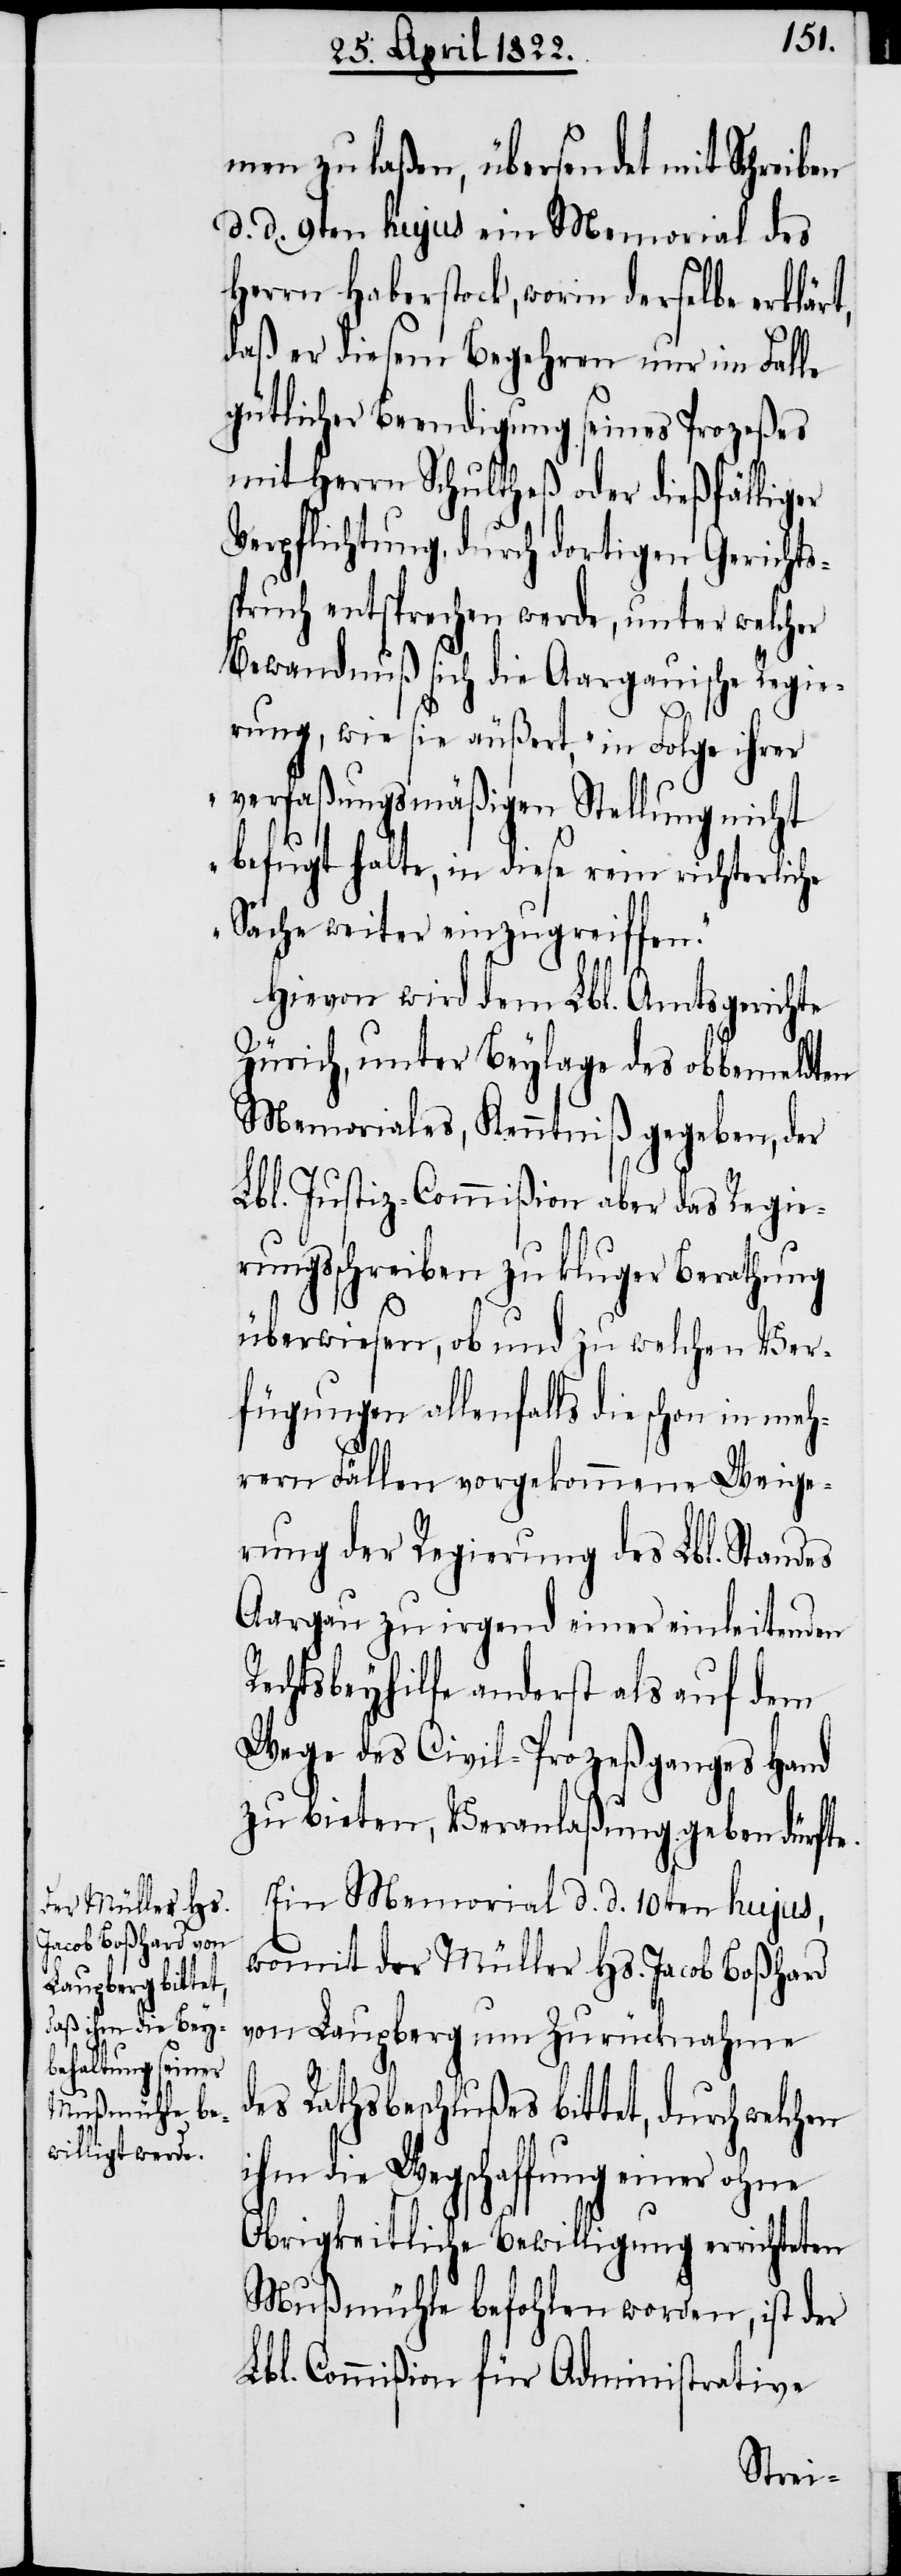
men zu laßen, übersendet mit Schreiben
d. d. 9ten hujus ein Memorial des
Herrn Haberstock, worin derselbe erklär¬
daß er seinem Begehren nur im Falle
gütlicher Beendigung seines Prozesses
mit Herrn Schultheß oder dießfälliger
Verpflichtung, durch dortigen Gerichts¬
spruch entsprechen werde, unter welcher
Bewandniß sich die Aargauische Regie¬
t,
rung, wie sie äußert, „in Folge ihrer
verfaßungsmäßigen Stellung nicht
befugt halte, in diese rein richterliche
Sache weiter einzugreiffen.“
Hievon wird dem Lbl. Amtsgerichte
Zürich, unter Beylage des obbemeldten
Memoriale, Kenntniß gegeben, der
Lbl. Justiz-Commißion aber das Regie¬
rungsschreiben zu kluger Berathung
überwiesen, ob und zu welchen Ver¬
fügungen allenfalls die schon in meh¬
d¬
rern Fällen vorgekommene Weige¬
rung der Regierung des Lbl. Standes
Aargau zu irgend einer einleitenden
Rechtsbeyhilfe anderst als auf dem
Wege des Civil-Prozeßganges Hand
zu bieten, Veranlaßung geben dürfte.
Ein Memorial d. d. 10ten hujus,
womit der Müller Hs. Jacob Boßhard
von Lampberg um Zurücknahme
es Rathsbeschlußes bittet, durch
ihm die Wegschaffung einer ohne
Obrigkeitliche Bewilligung errichteten
Mußmühle befohlen worden, ist der
Lbl. Commißion für Administrative